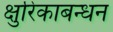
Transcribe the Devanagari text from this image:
क्षुरिकाबन्धन